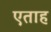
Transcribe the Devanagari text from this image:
एताह